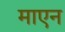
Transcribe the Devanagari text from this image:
माएन